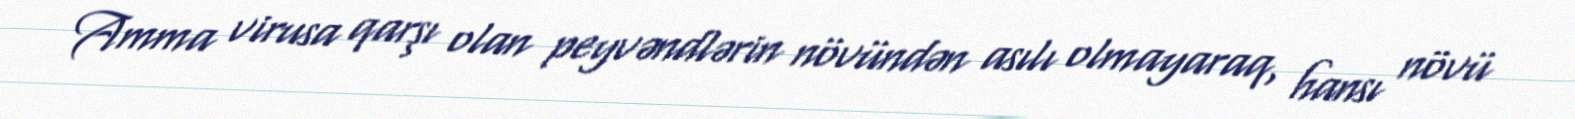
Amma virusa qarşı olan peyvəndlərin növündən asılı olmayaraq, hansı növü